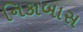
નિકાબાસ